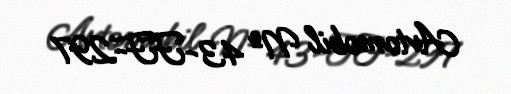
Avtomobil № 43-FF-297